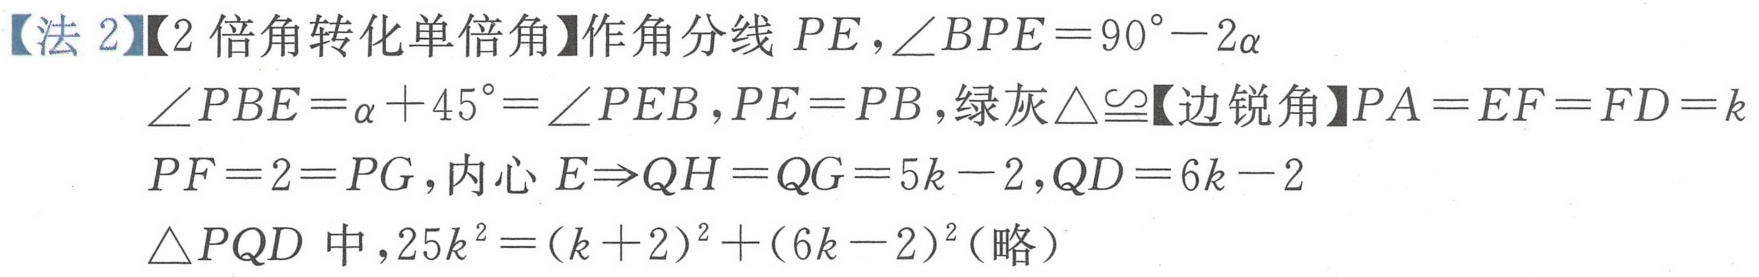
【法 2】【2 倍角转化单倍角】作角分线 \(PE\)，\(\angle BPE = 90^{\circ}-2\alpha\)
\(\angle PBE=\alpha + 45^{\circ}=\angle PEB\)，\(PE = PB\)，绿灰\(\triangle\cong\)【边锐角】\(PA = EF = FD = k\)
\(PF = 2 = PG\)，内心 \(E\Rightarrow QH = QG = 5k - 2\)，\(QD = 6k - 2\)
\(\triangle PQD\) 中，\(25k^{2}=(k + 2)^{2}+(6k - 2)^{2}\)（略）